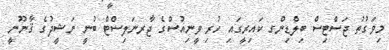
މިވަގުތު ޖަސްޓިސް ބިލްޑިންގ ކައިރީގައި ހުރި ވީނިއުސްގެ ޖާރނަލިސްޓް ބުނީ ނަޝީދުގެ ޤާނޫނީ